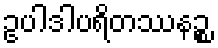
ဥပါဒါပရိတဿနဉ္စ